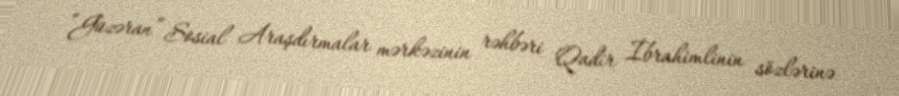
“Güzəran” Sosial Araşdırmalar mərkəzinin rəhbəri Qadir İbrahimlinin sözlərinə